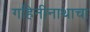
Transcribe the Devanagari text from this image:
गहिनीनाथाचा